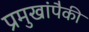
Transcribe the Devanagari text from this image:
प्रमुखांपैकी